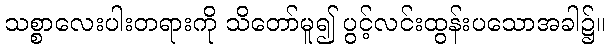
သစ္စာလေးပါးတရားကို သိတော်မူ၍ ပွင့်လင်းထွန်းပသောအခါ၌။